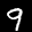
Label: 9